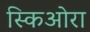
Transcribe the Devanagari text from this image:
स्किओरा